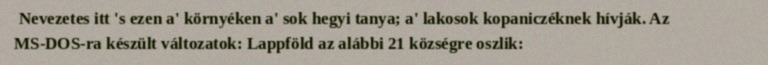
Nevezetes itt 's ezen a' környéken a' sok hegyi tanya; a' lakosok kopaniczéknek hívják. Az MS-DOS-ra készült változatok: Lappföld az alábbi 21 községre oszlik: